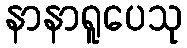
နာနာရူပေသု